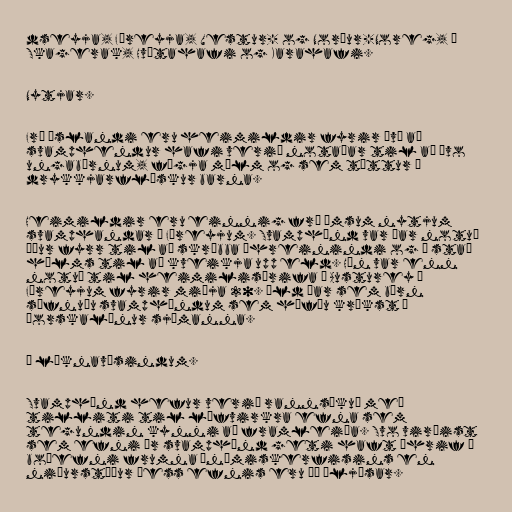
dseyja, Færeyja, Vestur- og Norður-Noreg, í
Skagerak, Hvítahafi og Karahafi.

Nytjar.

Frá Íslandi eru heimildir fyrir því að
svamphendur hafi verið notaðar til að þvo
ungabörnum, fægja málm og sem túttur á
drykkjarflöskur barna.

Heimildir eru einnig frá ýmsum nytjum
svamphandar í Færeyjum. Svamphönd var þar notuð
áður fyrr til að skrúbba óhreinindi og í stað
hálms til að kveikja upp eld. Hún var enn
notuð til heimilisþrifa á Austurey í
Færeyjum fyrir miðja 20. öld þar sem börn
söfnuðu svamphöndum sem höfðu krækst í
þorskalínur sjómanna.

Í læknavísindum.

Svamphönd hefur verið rannsökuð með
tilliti til lífvirkra efna sem
tegundin kynni að framleiða. Svo virðist
sem efni úr svamphönd geti haft áhrif á
boðefni frumna ónæmiskerfisins en
niðurstöður þess efnis eru þó óljósar.